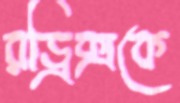
রড্রিক্সকে